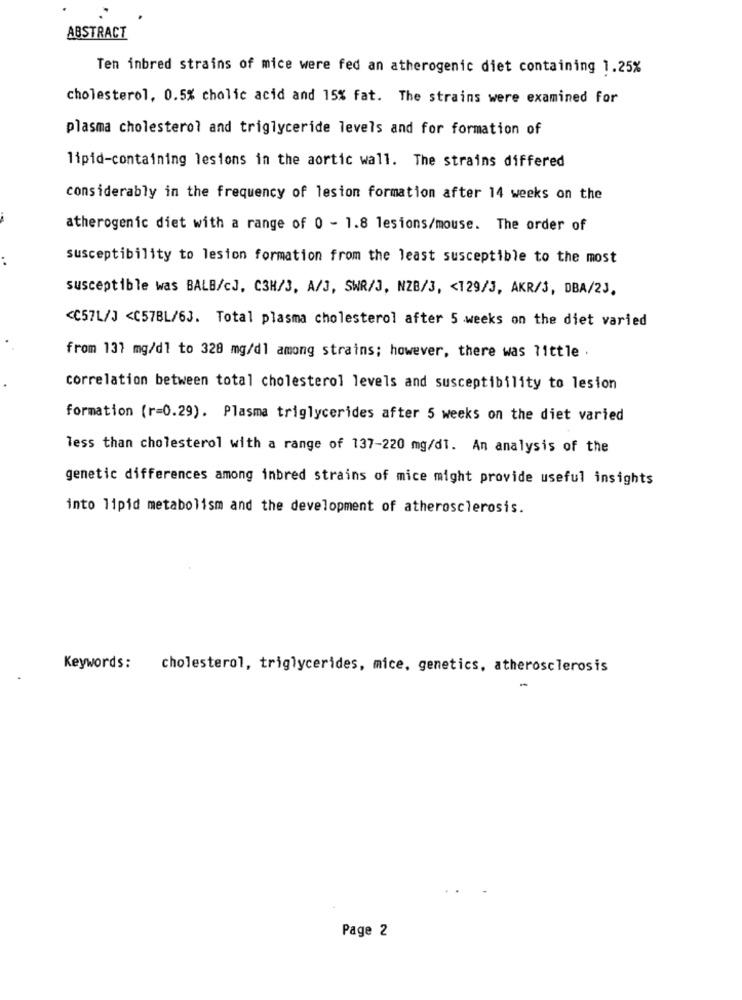
ABSTRACT
Ten inbred strains of mice were fed an atherogenic diet containing 1.25%
cholesterol, 0.5% cholic acid and 15% fat. The strains were examined for
plasma cholesterol and triglyceride levels and for formation of
lipid-containing lesions in the aortic wall. The strains differed
considerably in the frequency of lesion formation after 14 weeks on the
atherogenic diet with a range of 0 - 1.8 lesions/mouse. The order of
susceptibility to lesion formation from the least susceptible to the most
susceptible was BALB/cJ. C3H/3, A/J, SWR/J, NZB/3, < 129/3, AKR/3, DBA/2J.
<C57L/J <C57BL/6J. Total plasma cholesterol after 5 weeks on the diet varied
from 131 mg/dl to 328 mg/dl among strains; however, there was little .
correlation between total cholesterol levels and susceptibility to lesion
formation (r=0.29). Plasma triglycerides after 5 weeks on the diet varied
less than cholesterol with a range of 137-220 mg/dl. An analysis of the
genetic differences among inbred strains of mice might provide useful insights
into lipid metabolism and the development of atherosclerosis.
Keywords:
cholesterol, triglycerides, mice, genetics, atherosclerosis
-
Page 2